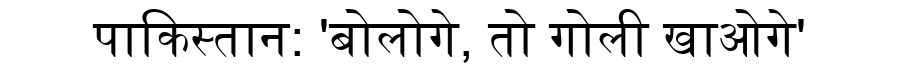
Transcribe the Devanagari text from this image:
पाकिस्तान: 'बोलोगे, तो गोली खाओगे'